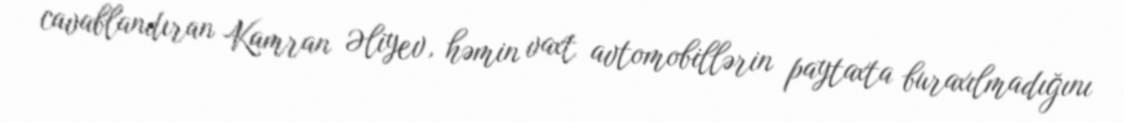
cavablandıran Kamran Əliyev, həmin vaxt avtomobillərin paytaxta buraxılmadığını